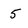
Character: 5